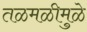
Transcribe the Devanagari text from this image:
तळमळीमुळे